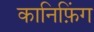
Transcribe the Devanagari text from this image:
कानिफ़िंग